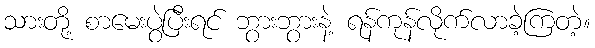
သားတို့ စာမေးပွဲပြီးရင် ဘွားဘွားနဲ့ ရန်ကုန်လိုက်လာခဲ့ကြတဲ့။